Scottish Leaving Certificate Examination, 1956
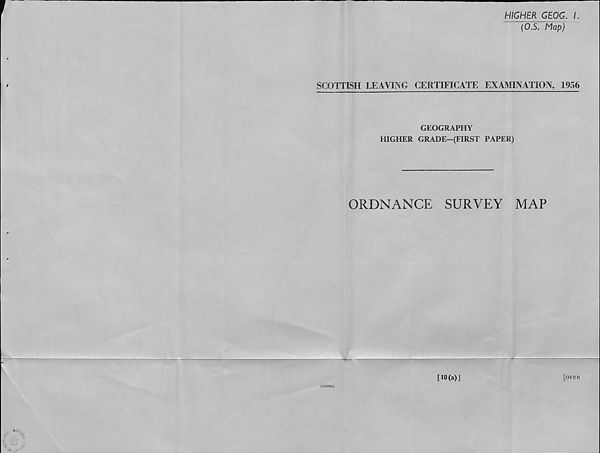
HIGHER GEOG. I.
(OS. Map)
SCOTTISH LEAVING CERTIFICATE EXAMINATION, 1956
GEOGRAPHY
HIGHER GRADE—(FIRST PAPER)
ORDNANCE
SURVEY
MAP
[10(a)]
[over
(C52761)